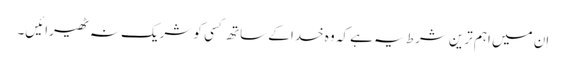
اِن میں اہم ترین شرط یہ ہے کہ وہ خدا کے ساتھ کسی کو شریک نہ ٹھیرائیں۔